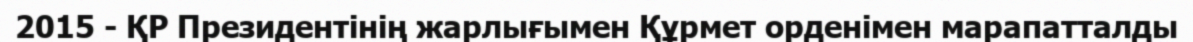
2015 - ҚР Президентінің жарлығымен Құрмет орденімен марапатталды